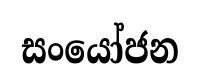
සංයෝජන